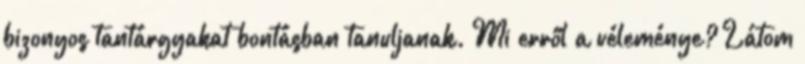
bizonyos tantárgyakat bontásban tanuljanak. Mi erről a véleménye? Látom